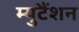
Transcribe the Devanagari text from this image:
म्युटैंशन